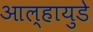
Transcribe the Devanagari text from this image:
आल्हायुडे